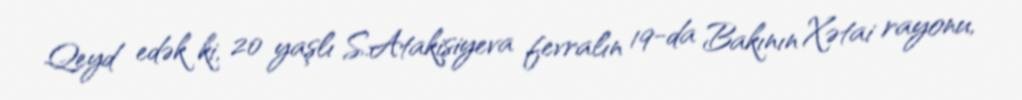
Qeyd edək ki, 20 yaşlı S.Atakişiyeva fevralın 19-da Bakının Xətai rayonu,